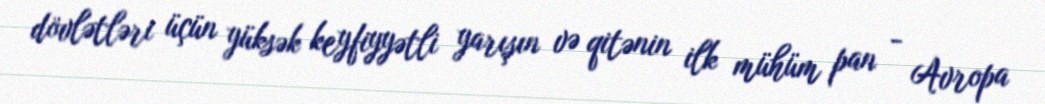
dövlətləri üçün yüksək keyfiyyətli yarışın və qitənin ilk mühüm pan - Avropa